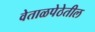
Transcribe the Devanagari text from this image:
वेताळपेठेतील